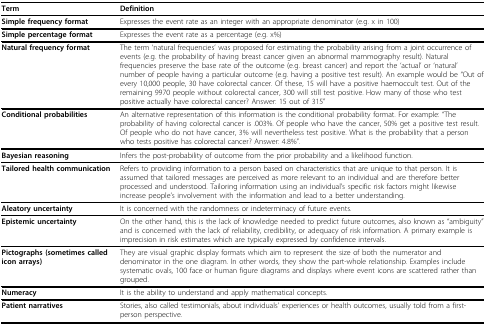
<table><thead><tr><td><b>Term</b></td><td><b>Definition</b></td></tr></thead><tbody><tr><td><b>Simple frequency format</b></td><td>Expresses the event rate as an integer with an appropriate denominator (e.g. x in 100)</td></tr><tr><td><b>Simple percentage format</b></td><td>Expresses the event rate as a percentage (e.g. x%)</td></tr><tr><td><b>Natural frequency format</b></td><td>The term ‘natural frequencies’ was proposed for estimating the probability arising from a joint occurrence of events (e.g. the probability of having breast cancer given an abnormal mammography result). Natural frequencies preserve the base rate of the outcome (e.g. breast cancer) and report the ‘actual’ or ‘natural’ number of people having a particular outcome (e.g. having a positive test result). An example would be “Out of every 10,000 people, 30 have colorectal cancer. Of these, 15 will have a positive haemoccult test. Out of the remaining 9970 people without colorectal cancer, 300 will still test positive. How many of those who test positive actually have colorectal cancer? Answer: 15 out of 315”</td></tr><tr><td><b>Conditional probabilities</b></td><td>An alternative representation of this information is the conditional probability format. For example: “The probability of having colorectal cancer is .003%. Of people who have the cancer, 50% get a positive test result. Of people who do not have cancer, 3% will nevertheless test positive. What is the probability that a person who tests positive has colorectal cancer? Answer: 4.8%”.</td></tr><tr><td><b>Bayesian reasoning</b></td><td>Infers the post-probability of outcome from the prior probability and a likelihood function.</td></tr><tr><td><b>Tailored health communication</b></td><td>Refers to providing information to a person based on characteristics that are unique to that person. It is assumed that tailored messages are perceived as more relevant to an individual and are therefore better processed and understood. Tailoring information using an individual’s specific risk factors might likewise increase people’s involvement with the information and lead to a better understanding.</td></tr><tr><td><b>Aleatory uncertainty</b></td><td>It is concerned with the randomness or indeterminacy of future events.</td></tr><tr><td><b>Epistemic uncertainty</b></td><td>On the other hand, this is the lack of knowledge needed to predict future outcomes, also known as “ambiguity” and is concerned with the lack of reliability, credibility, or adequacy of risk information. A primary example is imprecision in risk estimates which are typically expressed by confidence intervals.</td></tr><tr><td><b>Pictographs (sometimes called icon arrays)</b></td><td>They are visual graphic display formats which aim to represent the size of both the numerator and denominator in the one diagram. In other words, they show the part-whole relationship. Examples include systematic ovals, 100 face or human figure diagrams and displays where event icons are scattered rather than grouped.</td></tr><tr><td><b>Numeracy</b></td><td>It is the ability to understand and apply mathematical concepts.</td></tr><tr><td><b>Patient narratives</b></td><td>Stories, also called testimonials, about individuals’ experiences or health outcomes, usually told from a first-person perspective.</td></tr></tbody></table>